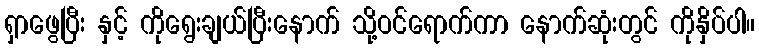
ရှာဖွေပြီး နှင့် ကိုရွေးချယ်ပြီးနောက် သို့ဝင်ရောက်ကာ နောက်ဆုံးတွင် ကိုနှိပ်ပါ။